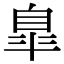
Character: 臯